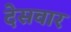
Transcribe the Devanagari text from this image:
देसवार